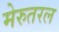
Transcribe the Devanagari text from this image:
मेरुतरल